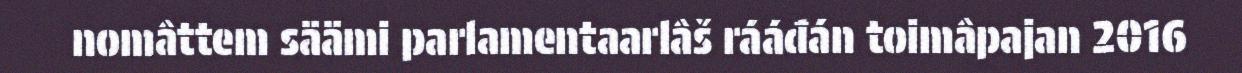
nomâttem säämi parlamentaarlâš rááđán toimâpajan 2016